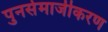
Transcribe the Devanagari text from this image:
पुनर्समाजीकरण